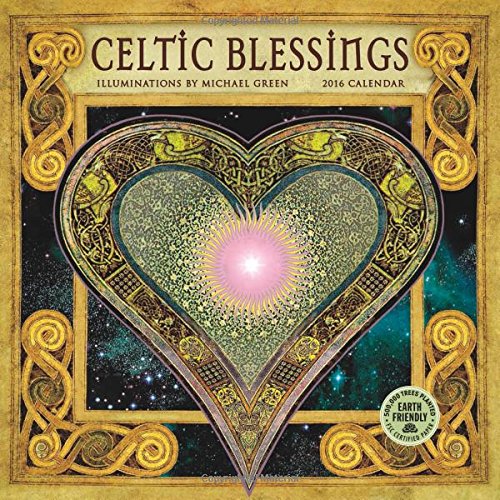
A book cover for Celtic Blessings 2016 Mini Wall Calendar; Michael J. Green; Religion & Spirituality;